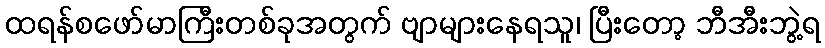
ထရန်စဖော်မာကြီးတစ်ခုအတွက် ဗျာများနေရသူ၊ ပြီးတော့ ဘီအီးဘွဲ့ရ